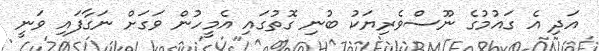
އަދި އެ ގައުމުގެ ނޫސްވެރިޔަކު ބުނި ގޮތުގައި އެމީހުން ވަގަށް ނަގާފައި ވަނީ